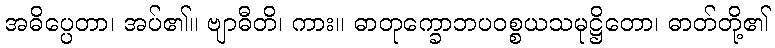
အဓိပ္ပေတာ၊ အပ်၏။ ဗျာဓီတိ၊ ကား။ ဓာတုက္ခောဘပဝစ္စယသမုဋ္ဌိတော၊ ဓာတ်တို့၏